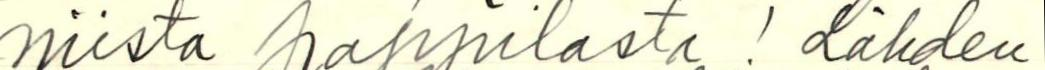
niista pappilasta! Lähden